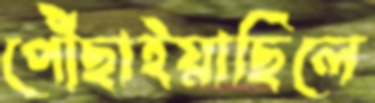
পৌঁছাইয়াছিলে